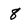
Character: 8